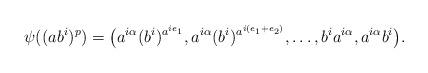
LaTeX: \begin{align*}\psi((ab^i)^p)=\big( a^{i\alpha}(b^i)^{a^{ie_1}}, a^{i\alpha}(b^i)^{a^{i(e_1+e_2)}}, \dots, b^ia^{i\alpha}, a^{i\alpha}b^i \big).\end{align*}